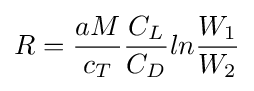
R={\frac {aM}{c_{T}}}{\frac {C_{L}}{C_{D}}}ln{\frac {W_{1}}{W_{2}}}